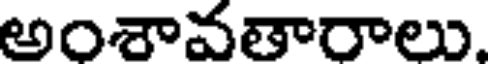
అంశావతారాలు.